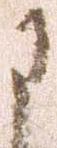
に